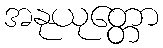
အနုယုတ္တော